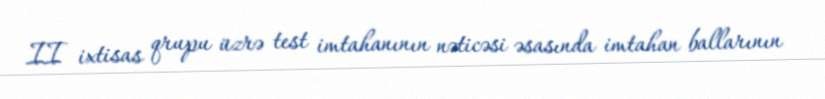
II ixtisas qrupu üzrə test imtahanının nəticəsi əsasında imtahan ballarının